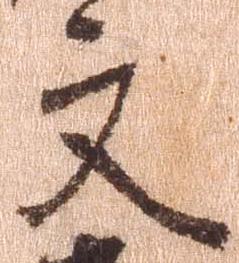
文